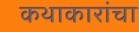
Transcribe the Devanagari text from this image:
कथाकारांचा